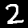
Digit: 2